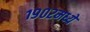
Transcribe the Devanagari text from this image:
१९०२मध्ये